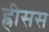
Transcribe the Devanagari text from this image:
ह्रीसस